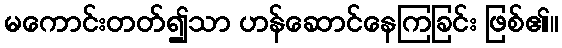
မကောင်းတတ်၍သာ ဟန်ဆောင်နေကြခြင်း ဖြစ်၏။